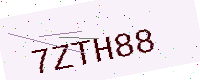
Text: 7ZTH88